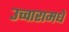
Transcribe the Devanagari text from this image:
उच्चारामधे